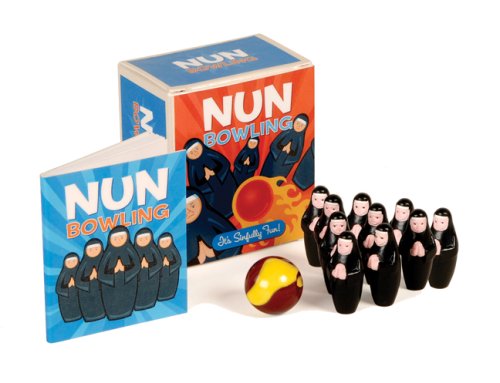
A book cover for Nun Bowling: It's Sinfully Fun! (Mega Mini Kits); Humor & Entertainment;